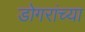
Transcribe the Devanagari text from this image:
डोगरांच्या